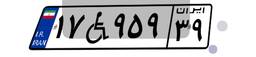
۴۰W۲۱۹۳۹